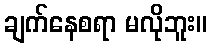
ချက်နေစရာ မလိုဘူး။